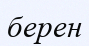
берен